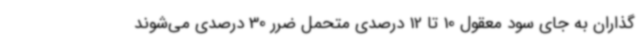
گذاران به جای سود معقول 10 تا 12 درصدی متحمل ضرر 30 درصدی می‌شوند